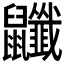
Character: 𪖎